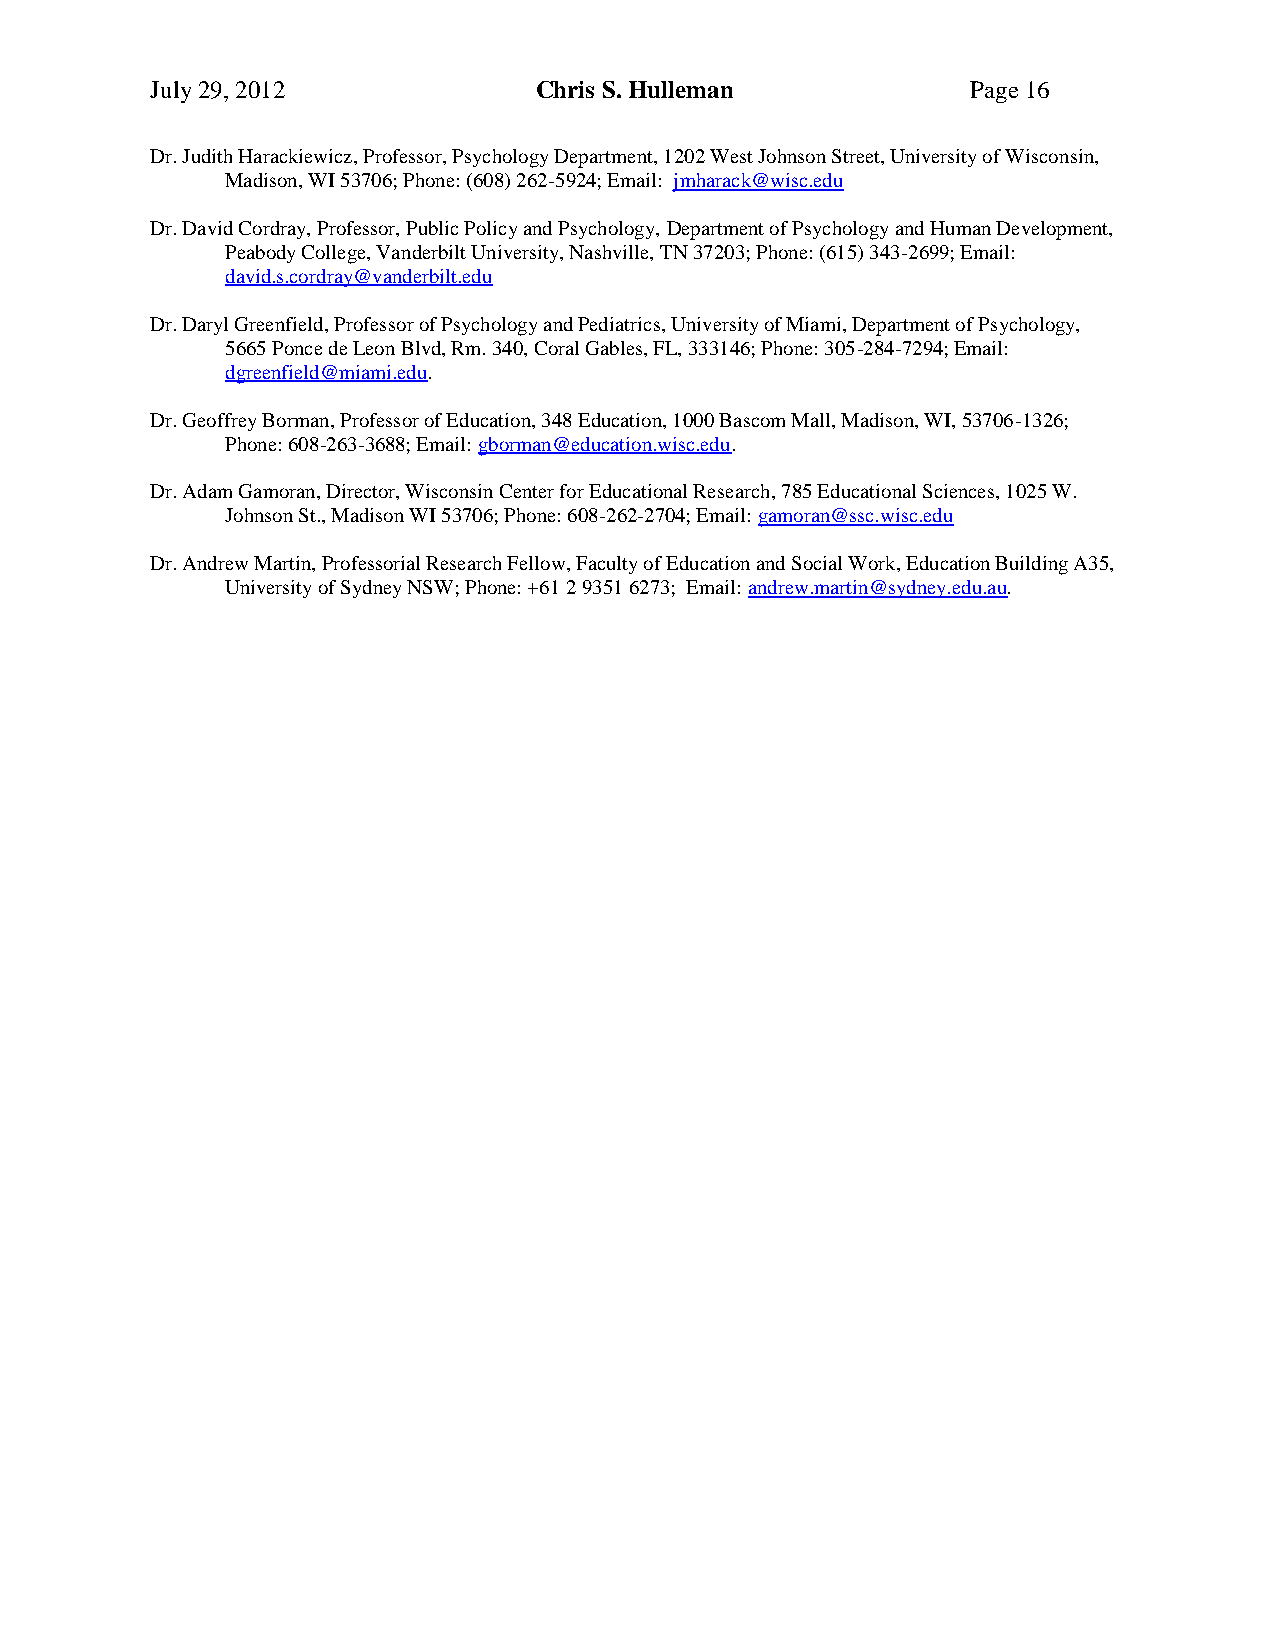
July 29, 2012            Chris S. Hulleman            Page 16
 Dr. Judith Harackiewicz, Professor, Psychology Department, 1202 West Johnson Street, University of Wisconsin,
 Madison, WI 53706; Phone: (608) 262-5924; Email: jmharack@wisc.edu
 Dr. David Cordray, Professor, Public Policy and Psychology, Department of Psychology and Human Development,
 Peabody College, Vanderbilt University, Nashville, TN 37203; Phone: (615) 343-2699; Email:
 david.s.cordray@vanderbilt.edu
 Dr. Daryl Greenfield, Professor of Psychology and Pediatrics, University of Miami, Department of Psychology,
 5665 Ponce de Leon Blvd, Rm. 340, Coral Gables, FL, 333146; Phone: 305-284-7294; Email:
 dgreenfield@miami.edu.
 Dr. Geoffrey Borman, Professor of Education, 348 Education, 1000 Bascom Mall, Madison, WI, 53706-1326;
 Phone: 608-263-3688; Email: gborman@education.wisc.edu.
 Dr. Adam Gamoran, Director, Wisconsin Center for Educational Research, 785 Educational Sciences, 1025 W.
 Johnson St., Madison WI 53706; Phone: 608-262-2704; Email: gamoran@ssc.wisc.edu
 Dr. Andrew Martin, Professorial Research Fellow, Faculty of Education and Social Work, Education Building A35,
 University of Sydney NSW; Phone: +61 2 9351 6273; Email: andrew.martin@sydney.edu.au.